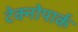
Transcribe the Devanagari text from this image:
टेक्नोपार्क